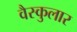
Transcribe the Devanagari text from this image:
वैस्कुलार